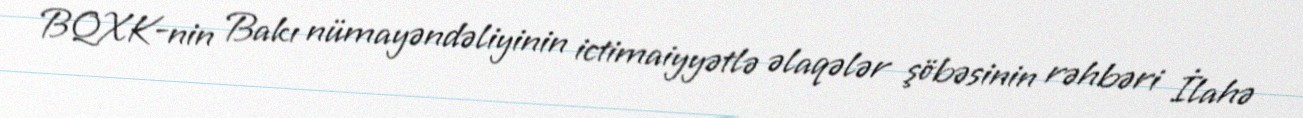
BQXK-nin Bakı nümayəndəliyinin ictimaiyyətlə əlaqələr şöbəsinin rəhbəri İlahə